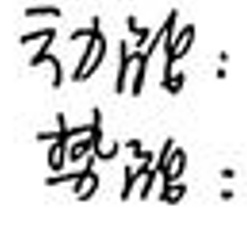
动能：
势能：